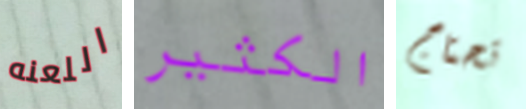
اللعنه الكثير تحتاج